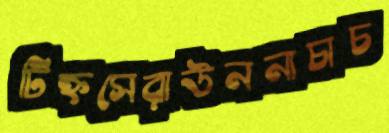
টিহ্নসেরাউননাচাচ